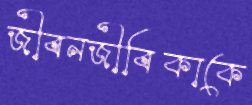
জীবনজীবিকাকে